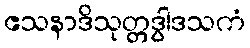
ဧသနာဒိသုတ္တဒွါဒသကံ